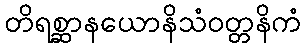
တိရစ္ဆာနယောနိသံဝတ္တနိကံ